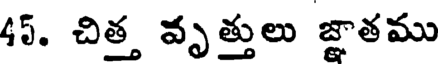
45. చిత్త వృత్తులు జ్ఞాతము